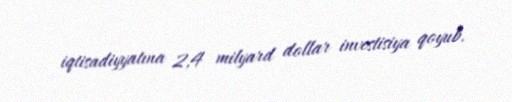
iqtisadiyyatına 2,4 milyard dollar investisiya qoyub.